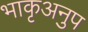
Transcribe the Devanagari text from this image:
भाकृअनुप